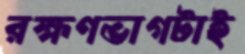
রক্ষণভাগটাই